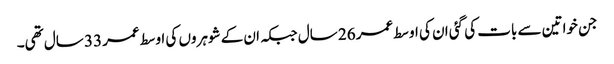
جن خواتین سے بات کی گئی ان کی اوسط عمر 26 سال جبکہ ان کے شوہروں کی اوسط عمر 33 سال تھی۔